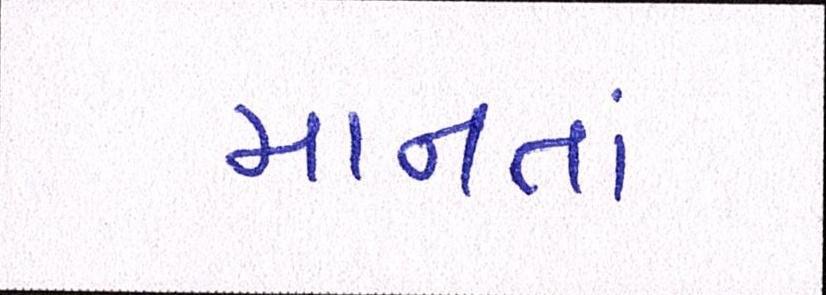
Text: માનતાં